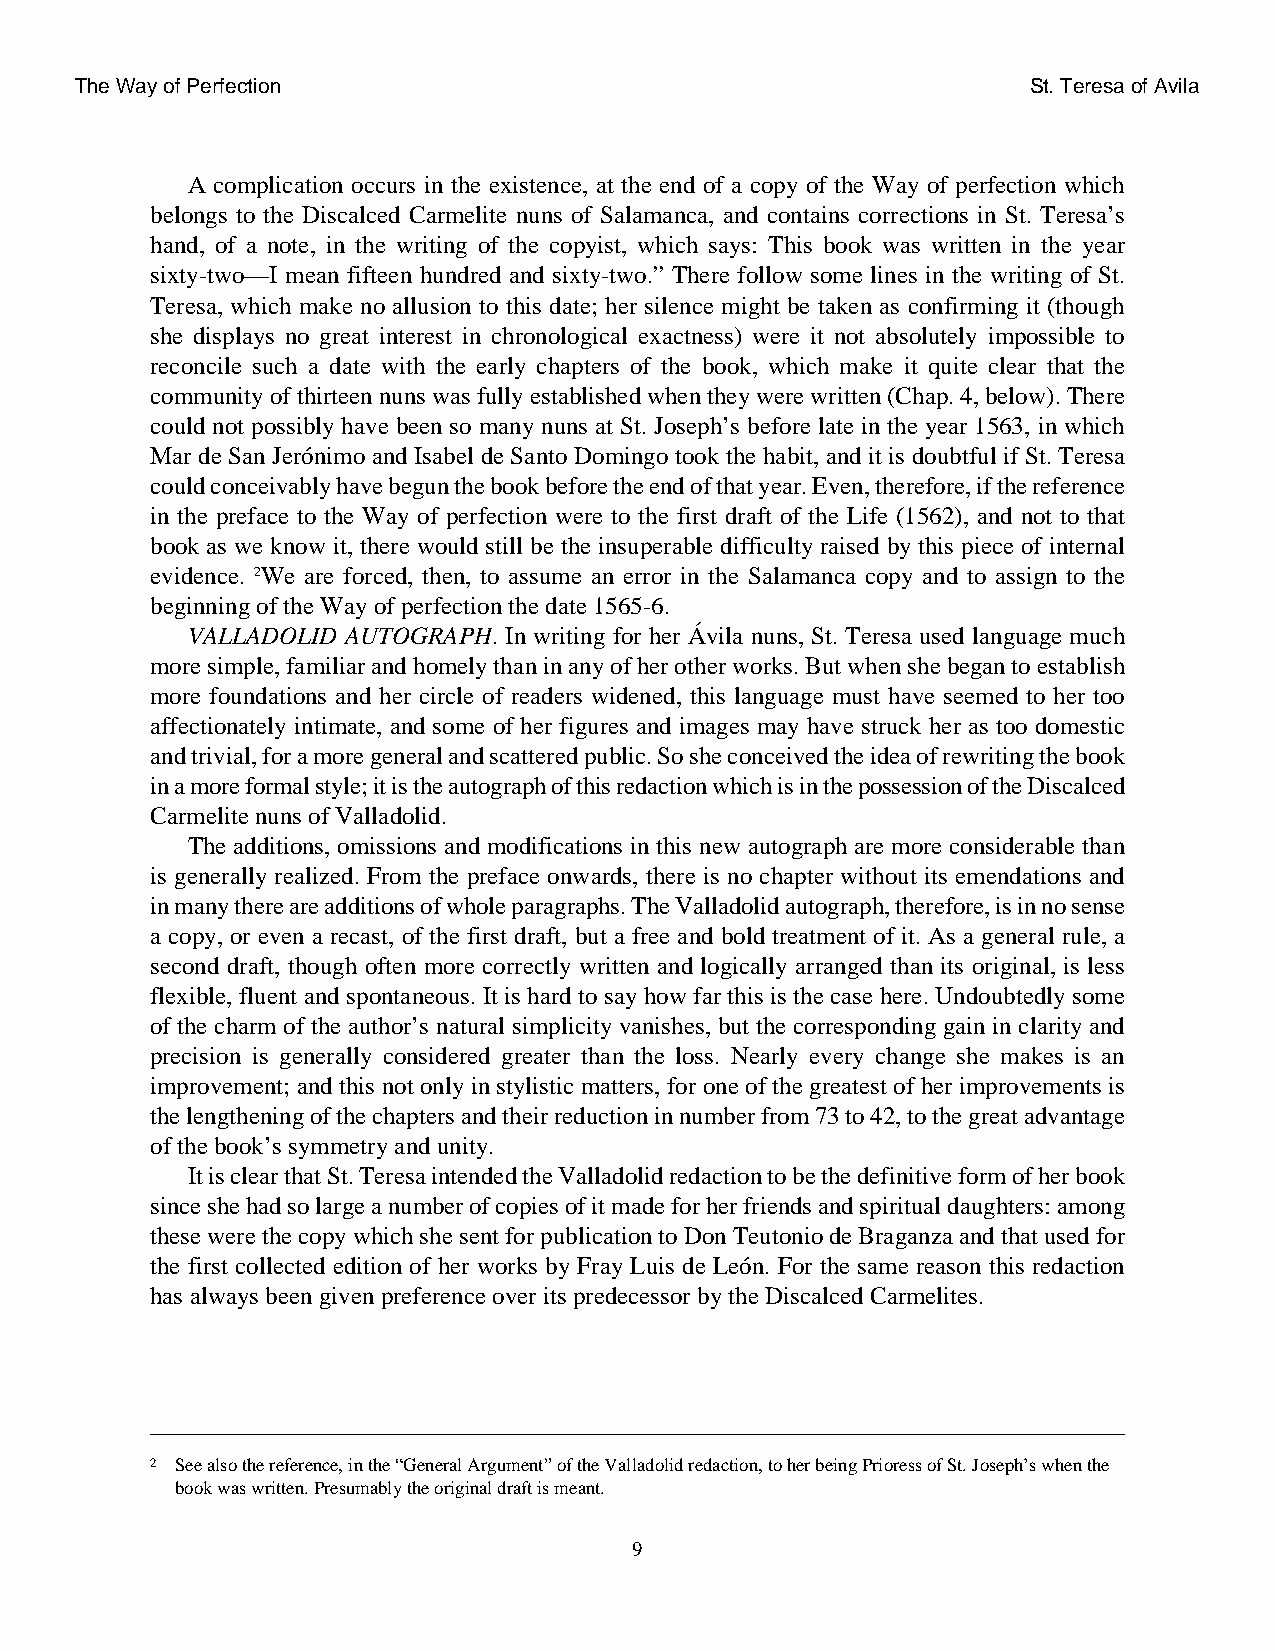
The Way of Perfection                                          St. Teresa of Avila
 A complication occurs in the existence, at the end of a copy of the Way of perfection which
 belongs to the Discalced Carmelite nuns of Salamanca, and contains corrections in St. Teresa’s
 hand, of a note, in the writing of the copyist, which says: This book was written in the year
 sixty-two—I mean fifteen hundred and sixty-two.” There follow some lines in the writing of St.
 Teresa, which make no allusion to this date; her silence might be taken as confirming it (though
 she displays no great interest in chronological exactness) were it not absolutely impossible to
 reconcile such a date with the early chapters of the book, which make it quite clear that the
 community of thirteen nuns was fully established when they were written (Chap. 4, below). There
 could not possibly have been so many nuns at St. Joseph’s before late in the year 1563, in which
 Mar de San Jerónimo and Isabel de Santo Domingo took the habit, and it is doubtful if St. Teresa
 could conceivably have begun the book before the end of that year. Even, therefore, if the reference
 in the preface to the Way of perfection were to the first draft of the Life (1562), and not to that
 book as we know it, there would still be the insuperable difficulty raised by this piece of internal
 evidence. 2We are forced, then, to assume an error in the Salamanca copy and to assign to the
 beginning of the Way of perfection the date 1565-6.
 VALLADOLID AUTOGRAPH. In writing for her Ávila nuns, St. Teresa used language much
 more simple, familiar and homely than in any of her other works. But when she began to establish
 more foundations and her circle of readers widened, this language must have seemed to her too
 affectionately intimate, and some of her figures and images may have struck her as too domestic
 and trivial, for a more general and scattered public. So she conceived the idea of rewriting the book
 in a more formal style; it is the autograph of this redaction which is in the possession of the Discalced
 Carmelite nuns of Valladolid.
 The additions, omissions and modifications in this new autograph are more considerable than
 is generally realized. From the preface onwards, there is no chapter without its emendations and
 in many there are additions of whole paragraphs. The Valladolid autograph, therefore, is in no sense
 a copy, or even a recast, of the first draft, but a free and bold treatment of it. As a general rule, a
 second draft, though often more correctly written and logically arranged than its original, is less
 flexible, fluent and spontaneous. It is hard to say how far this is the case here. Undoubtedly some
 of the charm of the author’s natural simplicity vanishes, but the corresponding gain in clarity and
 precision is generally considered greater than the loss. Nearly every change she makes is an
 improvement; and this not only in stylistic matters, for one of the greatest of her improvements is
 the lengthening of the chapters and their reduction in number from 73 to 42, to the great advantage
 of the book’s symmetry and unity.
 It is clear that St. Teresa intended the Valladolid redaction to be the definitive form of her book
 since she had so large a number of copies of it made for her friends and spiritual daughters: among
 these were the copy which she sent for publication to Don Teutonio de Braganza and that used for
 the first collected edition of her works by Fray Luis de León. For the same reason this redaction
 has always been given preference over its predecessor by the Discalced Carmelites.
 2 See also the reference, in the “General Argument” of the Valladolid redaction, to her being Prioress of St. Joseph’s when the
 book was written. Presumably the original draft is meant.
 9